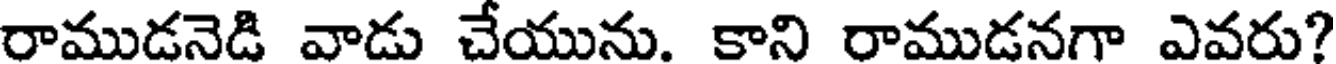
రాముడనెడి వాడు చేయును. కాని రాముడనగా ఎవరు?